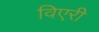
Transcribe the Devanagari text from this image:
विएरी